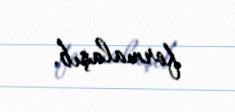
formalaşıb.